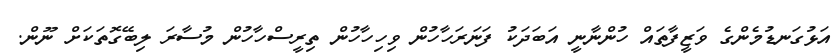
އަޅުގަނޑުމެންގެ ވަޒީފާތައް ހުންނާނީ އަބަދަކު ފަނަރަހާހުން ވިހިހާހުން ތިރީސްހާހުން މުސާރަ ލިބޭގޮތަކަށް ނޫން.